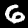
Label: 6